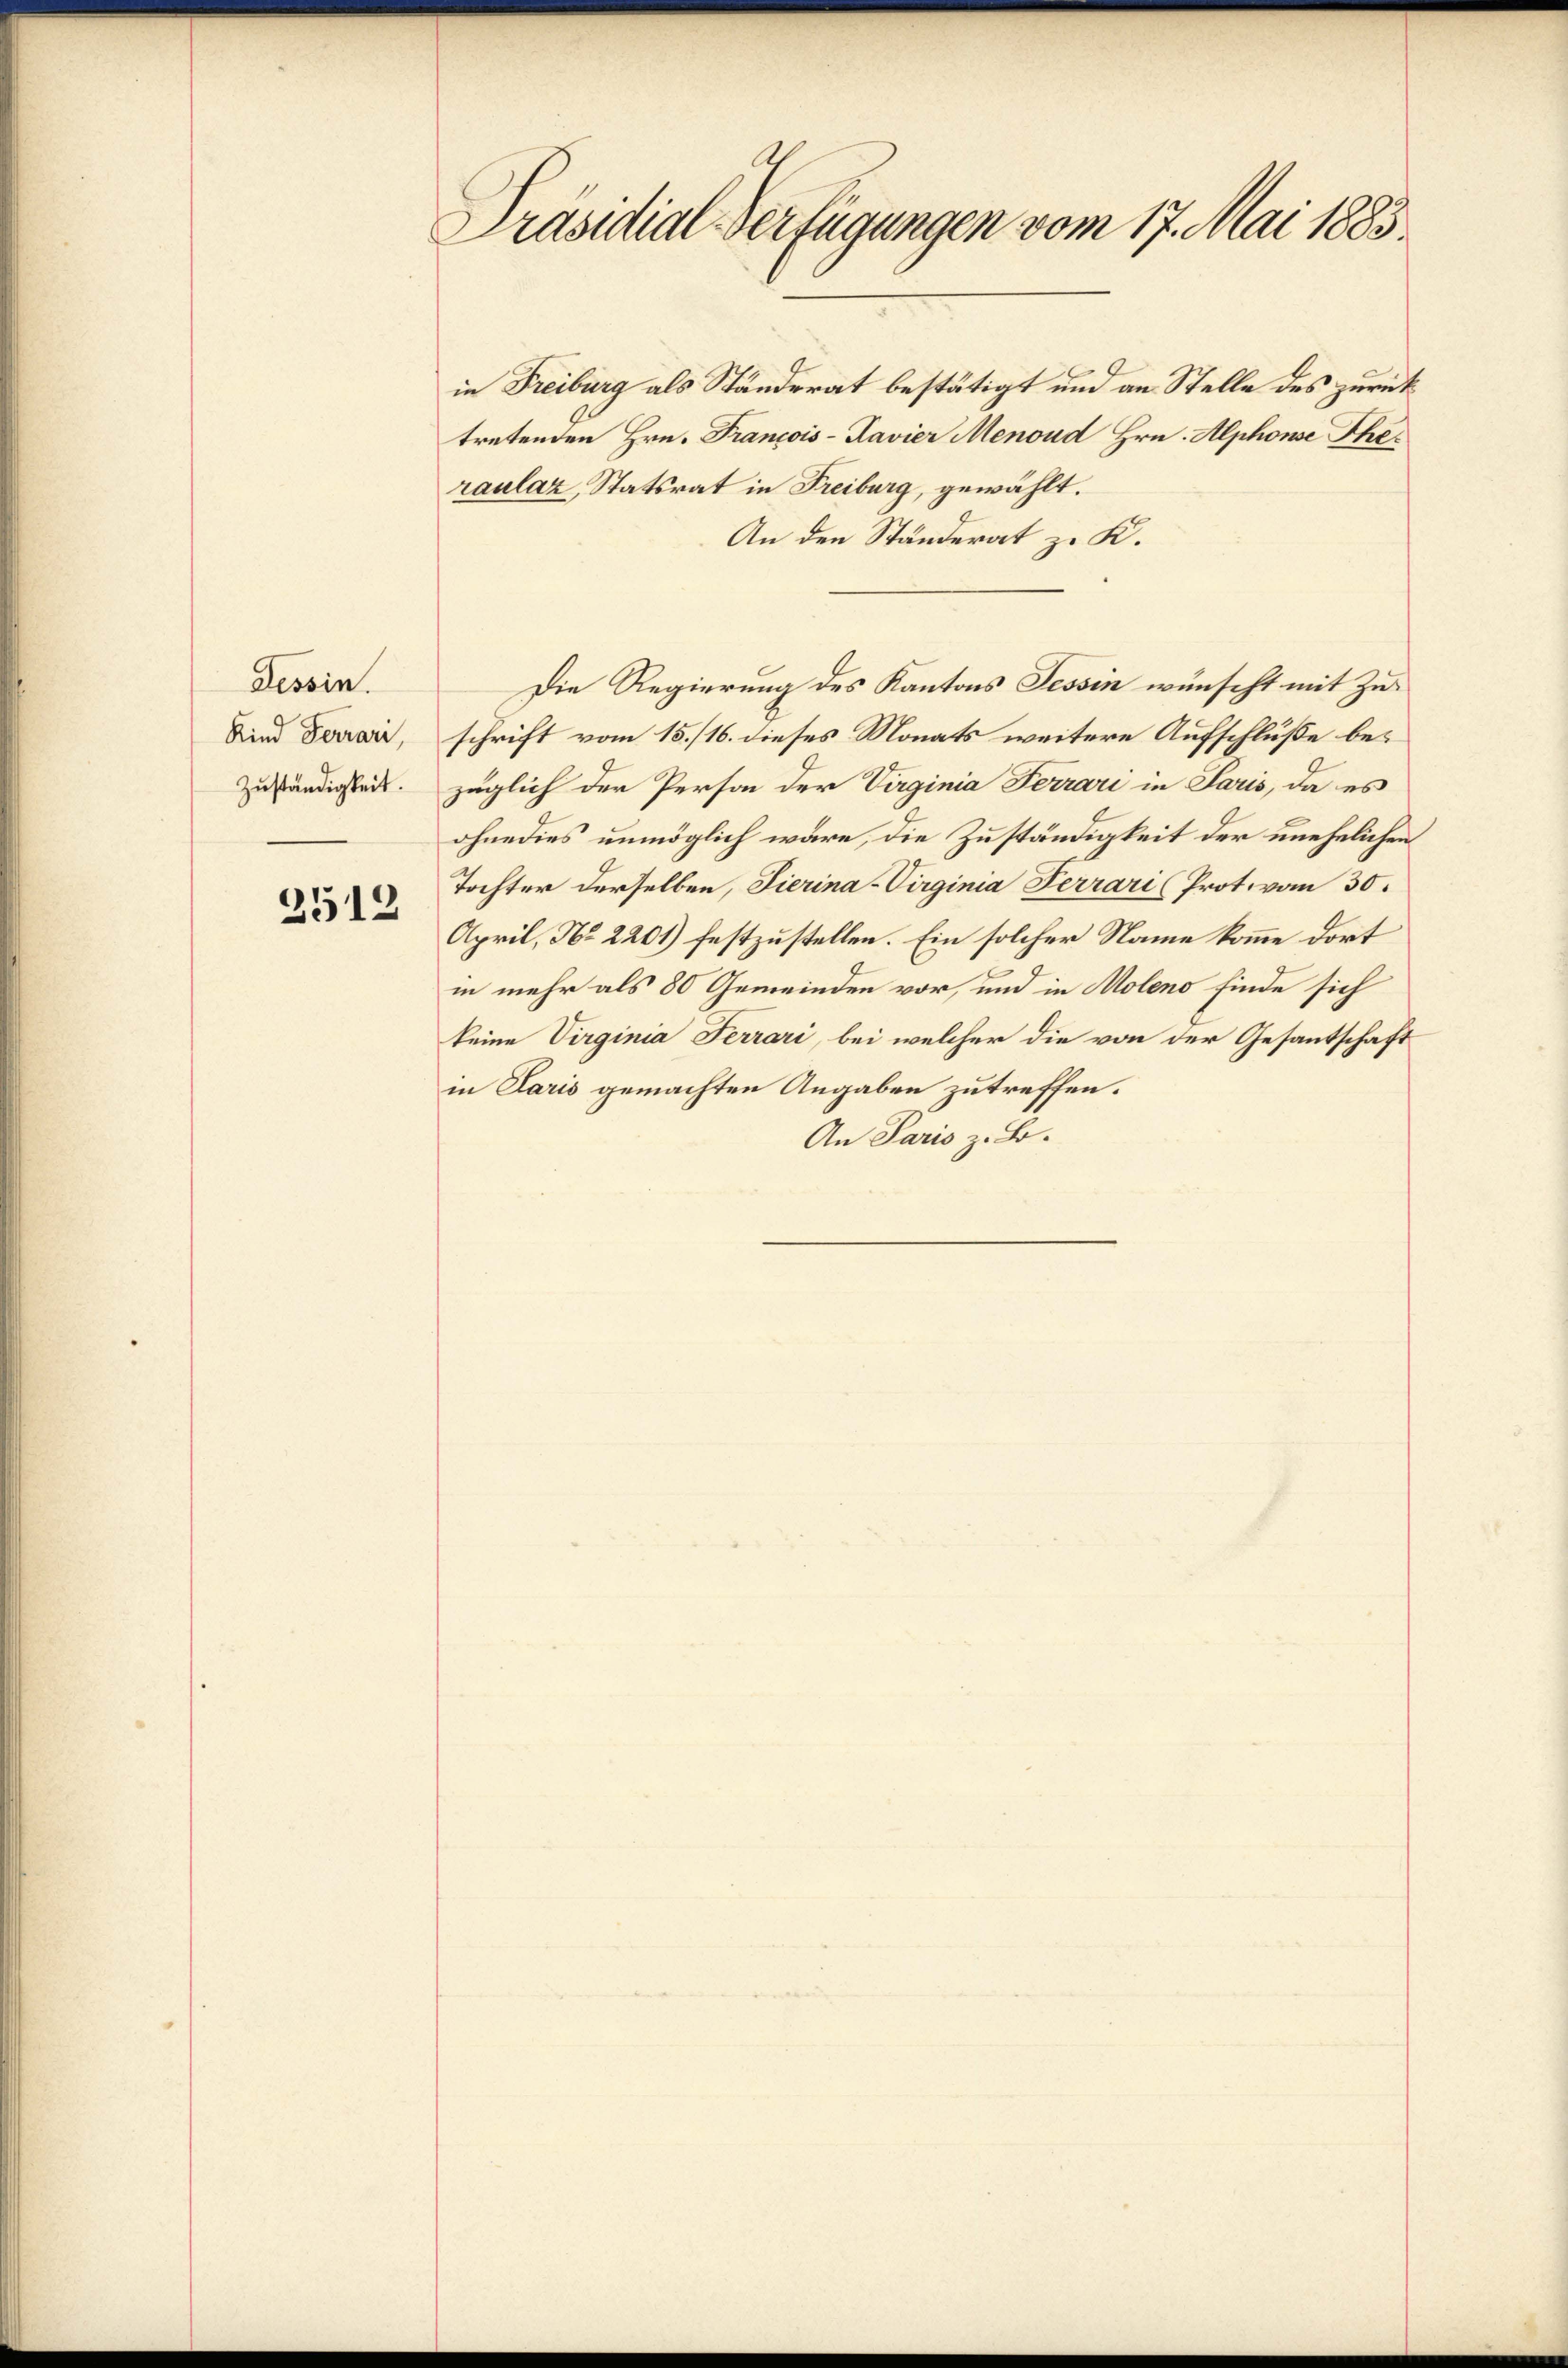
Tessin.
Kind Ferrari,
Zuständigkeit.

2512

Präsidial-Verfügungen vom 17. Mai 1883.

in Freiburg als Ständerat bestätigt und an Stelle des zurück
tretenden Hrn. Francois-Ravier Menoud Hrn. Alphonse Thes
raulaz, Statsrat in Freiburg, gewählt.
An den Ständerat zu K.
schrift vom 15./16. dieses Monats weitere Aufschluße bezüglich der Person der Virginia Ferrari in Paris, da es
ohnedies unmöglich wäre, die Zuständigkeit der unehelichen
Tochter derselben, Tierina-Virginia Ferrari (Prot vom 30.
April, No 2201) festzustellen. Ein solcher Name komme dort
in mehr als 80 Gemeinden vor, und in Moleno finde sich
keine Virginia Ferrari, bei welcher die von der Gesantschaft
in Paris gemachten Angaben zu treffen.
An Paris z. B.

Die Regierung des Kantons Tessin wünscht mit Zu¬